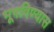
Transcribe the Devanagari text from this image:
भूषविण्यास